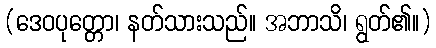
(ဒေဝပုတ္တော၊ နတ်သားသည်။ အဘာသိ၊ ရွတ်၏။)